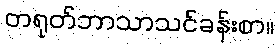
တရုတ်ဘာသာသင်ခန်းစာ။